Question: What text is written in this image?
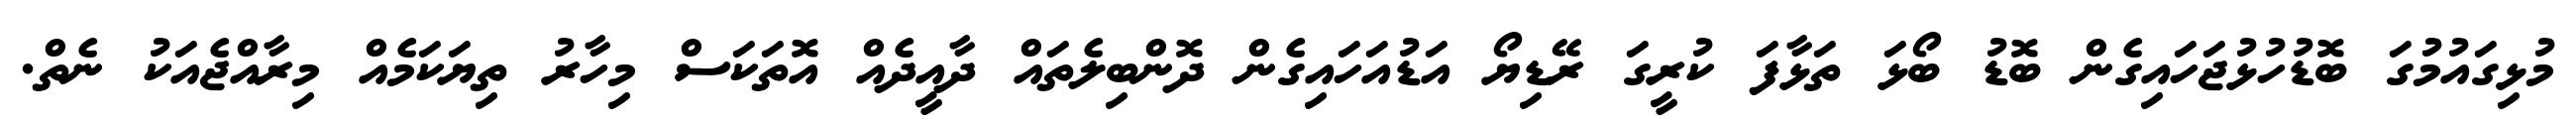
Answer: މުޅިގައުމުގަ ބޮޑުހުޅުޖަހައިގެން ބޮޑު ބޯޅަ ތަޅާފަ ކުރީގަ ރޭޑިޔޯ އަޑުއަހައިގެން ދޮންބިލެތައް ދާއީދެއް އޮތަކަސް މިހާރު ތިޔަކަމެއް މިރާއްޖެއަކު ނެތް.